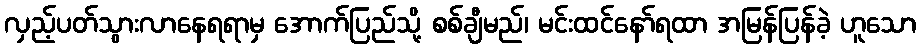
လှည့်ပတ်သွားလာနေရရာမှ အောက်ပြည်သို့ စစ်ချီမည်၊ မင်းထင်နော်ရထာ အမြန်ပြန်ခဲ့ ဟူသော